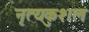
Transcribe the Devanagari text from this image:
नृत्यकुशल